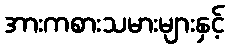
အားကစားသမားများနှင့်